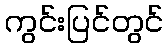
ကွင်းပြင်တွင်